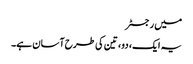
میں رجسٹر
یہ ایک، دو، تین کی طرح آسان ہے۔